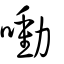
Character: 㗢